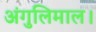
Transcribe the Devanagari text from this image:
अंगुलिमाल।